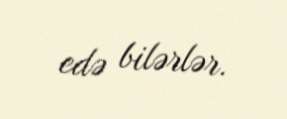
edə bilərlər.